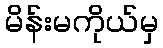
မိန်းမကိုယ်မှ